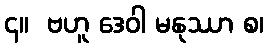
၄။  ဗဟူ ဒေဝါ မနုဿာ စ၊